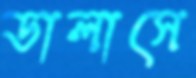
ডালাসে